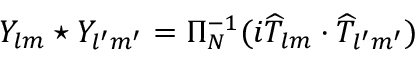
Y _ { l m } \star Y _ { l ^ { \prime } m ^ { \prime } } = \Pi _ { N } ^ { - 1 } ( i \widehat { T } _ { l m } \cdot \widehat { T } _ { l ^ { \prime } m ^ { \prime } } )